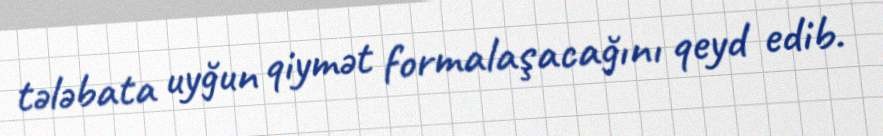
tələbata uyğun qiymət formalaşacağını qeyd edib.